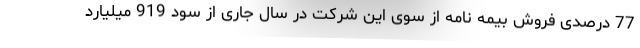
77 درصدی فروش بیمه نامه از سوی این شرکت در سال جاری از سود 919 میلیارد